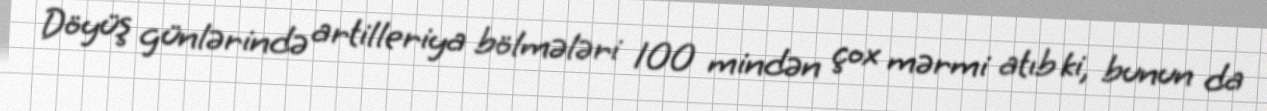
Döyüş günlərində artilleriya bölmələri 100 mindən çox mərmi atıb ki, bunun da